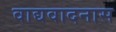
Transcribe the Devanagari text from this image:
वाद्यवादनास